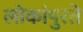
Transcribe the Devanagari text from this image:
लोकांपुरते